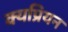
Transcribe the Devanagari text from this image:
क्यप्रियन